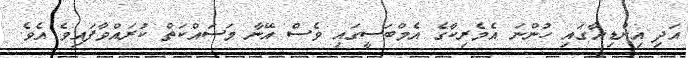
އަދި އިންޑިއާގައި ހުންނަ އެމެރިކާގެ އެމްބަސީގައި ވެސް އޭނާ މަސައްކަތް ކުރައްވާފައިވެ އެވެ.